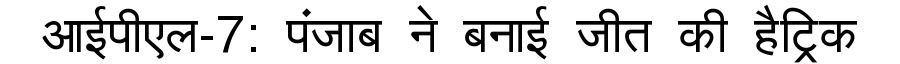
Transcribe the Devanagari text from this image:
आईपीएल-7: पंजाब ने बनाई जीत की हैट्रिक